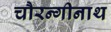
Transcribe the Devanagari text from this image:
चौरन्गीनाथ